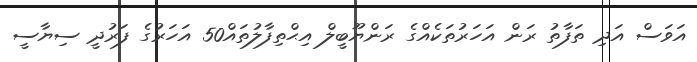
އަވަސް އަދި ތަފާތު ރަން އަހަރުތަކެއްގެ ރަންޔޫބީލް އިޙްތިފާލުތައް50 އަހަރުގެ ފަރުދީ ސިޔާސީ